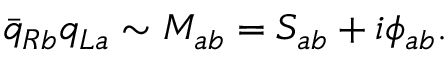
{ \bar { q } } _ { R b } q _ { L a } \sim M _ { a b } = S _ { a b } + i { \phi } _ { a b } .